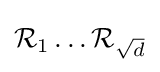
{\mathcal {R}}_{1}\dots {\mathcal {R}}_{\sqrt {d}}